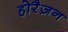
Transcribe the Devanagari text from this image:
होरैज़न